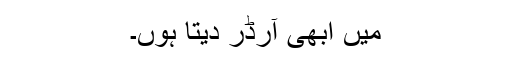
میں ابھی آرڈر دیتا ہوں۔